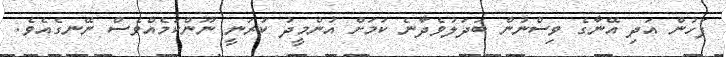
ފަހުން އަދި އޭނާގެ ވިސްނުން ބަދަލުވެދާނެ ކަމަށް އުންމީދު ކުރަނީ ނޫންކަމެއްވެސް ނޭނގެއެވެ.